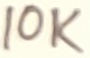
Text: 10K